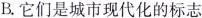
B.它们是城市现代化的标志